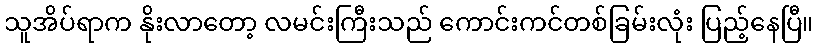
သူအိပ်ရာက နိုးလာတော့ လမင်းကြီးသည် ကောင်းကင်တစ်ခြမ်းလုံး ပြည့်နေပြီ။